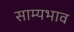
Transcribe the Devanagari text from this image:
साम्यभाव